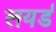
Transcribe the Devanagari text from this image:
लयर्ड